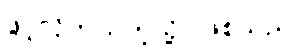
ဖွင့်လိုက်သကဲ့သို့ ဖြစ်သည်။